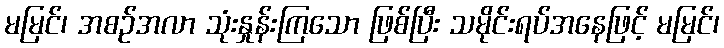
မမြင်၊ အစဉ်အလာ သုံးနှုန်းကြသော ဖြစ်ပြီး သမိုင်းရပ်အနေဖြင့် မမြင်၊